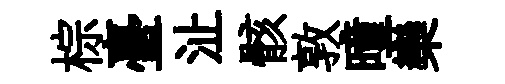
棕臺沚骸敦曈欒